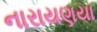
નારાયણયા